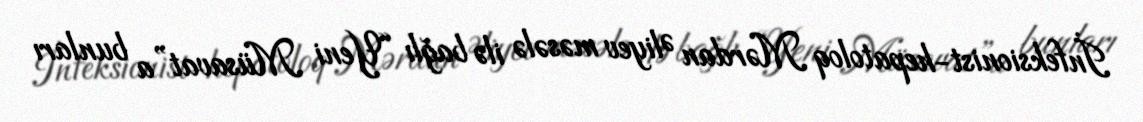
İnfeksionist-hepatoloq Mərdan Əliyev məsələ ilə bağlı “Yeni Müsavat”a bunları